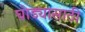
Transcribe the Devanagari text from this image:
घोड्यासाठी